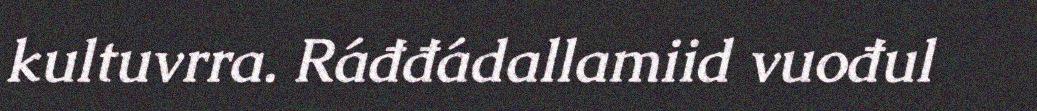
kultuvrra. Ráđđádallamiid vuođul